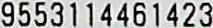
9553114461423